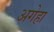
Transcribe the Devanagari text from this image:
अगेहा